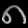
Digit: ၈